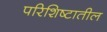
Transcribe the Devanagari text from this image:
परिशिष्टातील